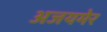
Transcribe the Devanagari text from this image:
अजयमेर